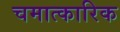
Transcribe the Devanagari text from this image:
चमात्कारिक